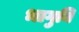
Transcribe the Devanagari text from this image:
भागुनि